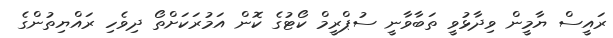
ރައީސް ޔާމީން ވިދާޅުވީ ތަބާވާނީ ސުޕްރީމް ކޯޓުގެ ކޮން އަމުރަކަށްތޯ ދިވެހި ރައްޔިތުންގެ